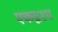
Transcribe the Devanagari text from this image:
एकदृश्य